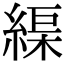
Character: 𦂘